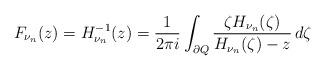
LaTeX: \begin{align*}F_{\nu_{n}}(z)=H_{\nu_{n}}^{-1}(z)=\frac{1}{2\pi i}\int_{\partial Q}\frac{\zeta H_{\nu_{n}}(\zeta)}{H_{\nu_{n}}(\zeta)-z}\,d\zeta\end{align*}